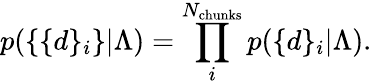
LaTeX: p(\{ \{ d\} _{i}\} |\Lambda)=\prod_{i}^{N_{\mathrm{chunks}}}p(\{ d\} _{i}|\Lambda).